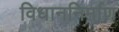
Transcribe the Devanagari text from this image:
विधाननिर्माण